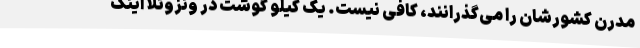
مدرن کشورشان را می‌گذرانند، کافی نیست. یک کیلو گوشت در ونزوئلا اینک